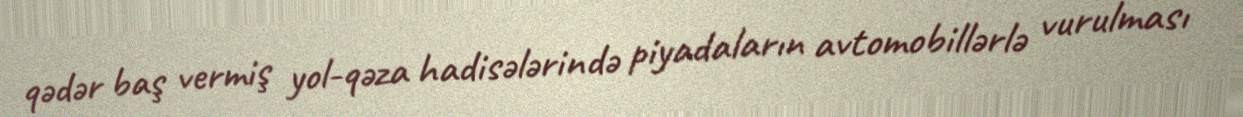
qədər baş vermiş yol-qəza hadisələrində piyadaların avtomobillərlə vurulması